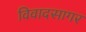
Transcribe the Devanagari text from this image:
विवादसागर